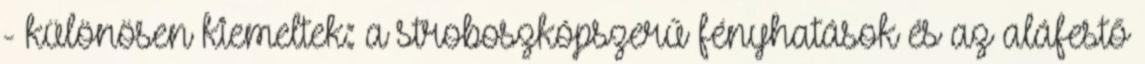
- különösen kiemeltek: a stroboszkópszerű fényhatások és az aláfestő